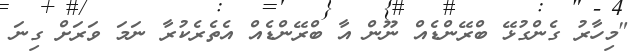
"މިހާރު ގެންގުޅޭ ބްރޭންޑެއް ނޫން އާ ބްރޭންޑެއް އެތެރެކުރާ ނަމަ ވަރަށް ގިނަ